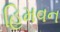
હિમવન